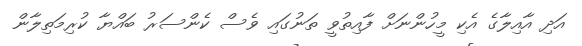
އަދި އާއިލާގެ އެކި މީހުންނަށް ފާއިތުވީ ތަނުގައި ވެސް ކެންސަރު ބައްޔާ ކުރިމަތިލާން